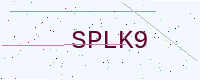
Text: SPLK9